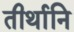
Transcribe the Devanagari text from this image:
तीर्थानि